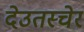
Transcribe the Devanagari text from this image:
देउतस्चेर